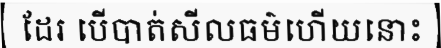
ដែរ បើបាត់សីលធម៌ហើយនោះ